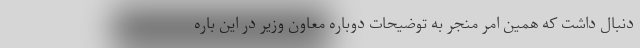
دنبال داشت که همین امر منجر به توضیحات دوباره معاون وزیر در این باره